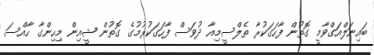
ބައިނަލްއަގްވާމީ ގޮތުން ފާހަގަކުރާ ތެލްސީމިއާ ދުވަސް ފާހަގަކުރުމުގެ ގޮތުން ޝީއިން މިހިންގާ ހާއްސަ